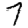
Digit: 7